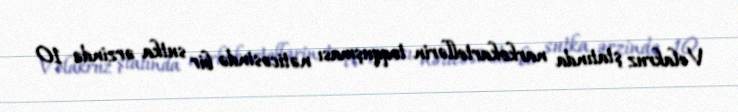
Velakruz ştatında narkokartellərin toqquşması nəticəsində bir sutka ərzində 10